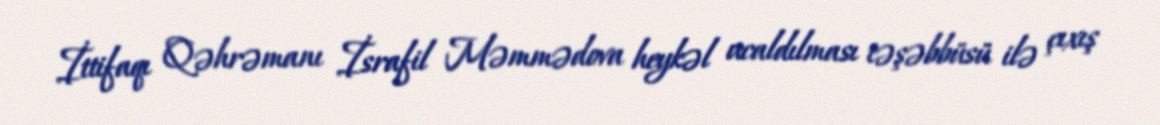
İttifaqı Qəhrəmanı İsrafil Məmmədova heykəl ucaldılması təşəbbüsü ilə çıxış